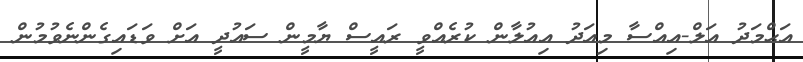
އަޙްމަދު އަލް-އިއްސާ މިއަދު އިއުލާން ކުރެއްވީ ރައީސް ޔާމީން ސައުދީ އަށް ވަޑައިގެންނެވުމުން